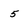
Character: 5